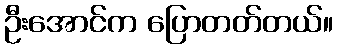
ဦးအောင်က ပြောတတ်တယ်။